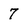
Character: 7